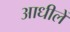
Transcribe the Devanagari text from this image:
आधीलें